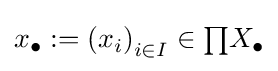
x_{\bullet }:=\left(x_{i}\right)_{i\in I}\in {\textstyle \prod }X_{\bullet }